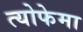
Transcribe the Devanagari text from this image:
त्योफेमा